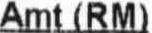
AMT (RM)